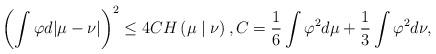
LaTeX: \begin{align*}\left(\int \varphi d|\mu-\nu|\right)^2\leq 4CH\left(\mu\mid\nu\right), C=\frac{1}{6}\int\varphi^2d\mu+\frac{1}{3}\int\varphi^2d\nu,\end{align*}